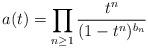
LaTeX: \begin{align*}a(t)=\prod_{n\geq 1}\frac{t^n}{(1-t^n)^{b_n}}\end{align*}